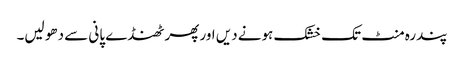
پندرہ منٹ تک خشک ہونے دیں اور پھر ٹھنڈے پانی سے دھو لیں۔